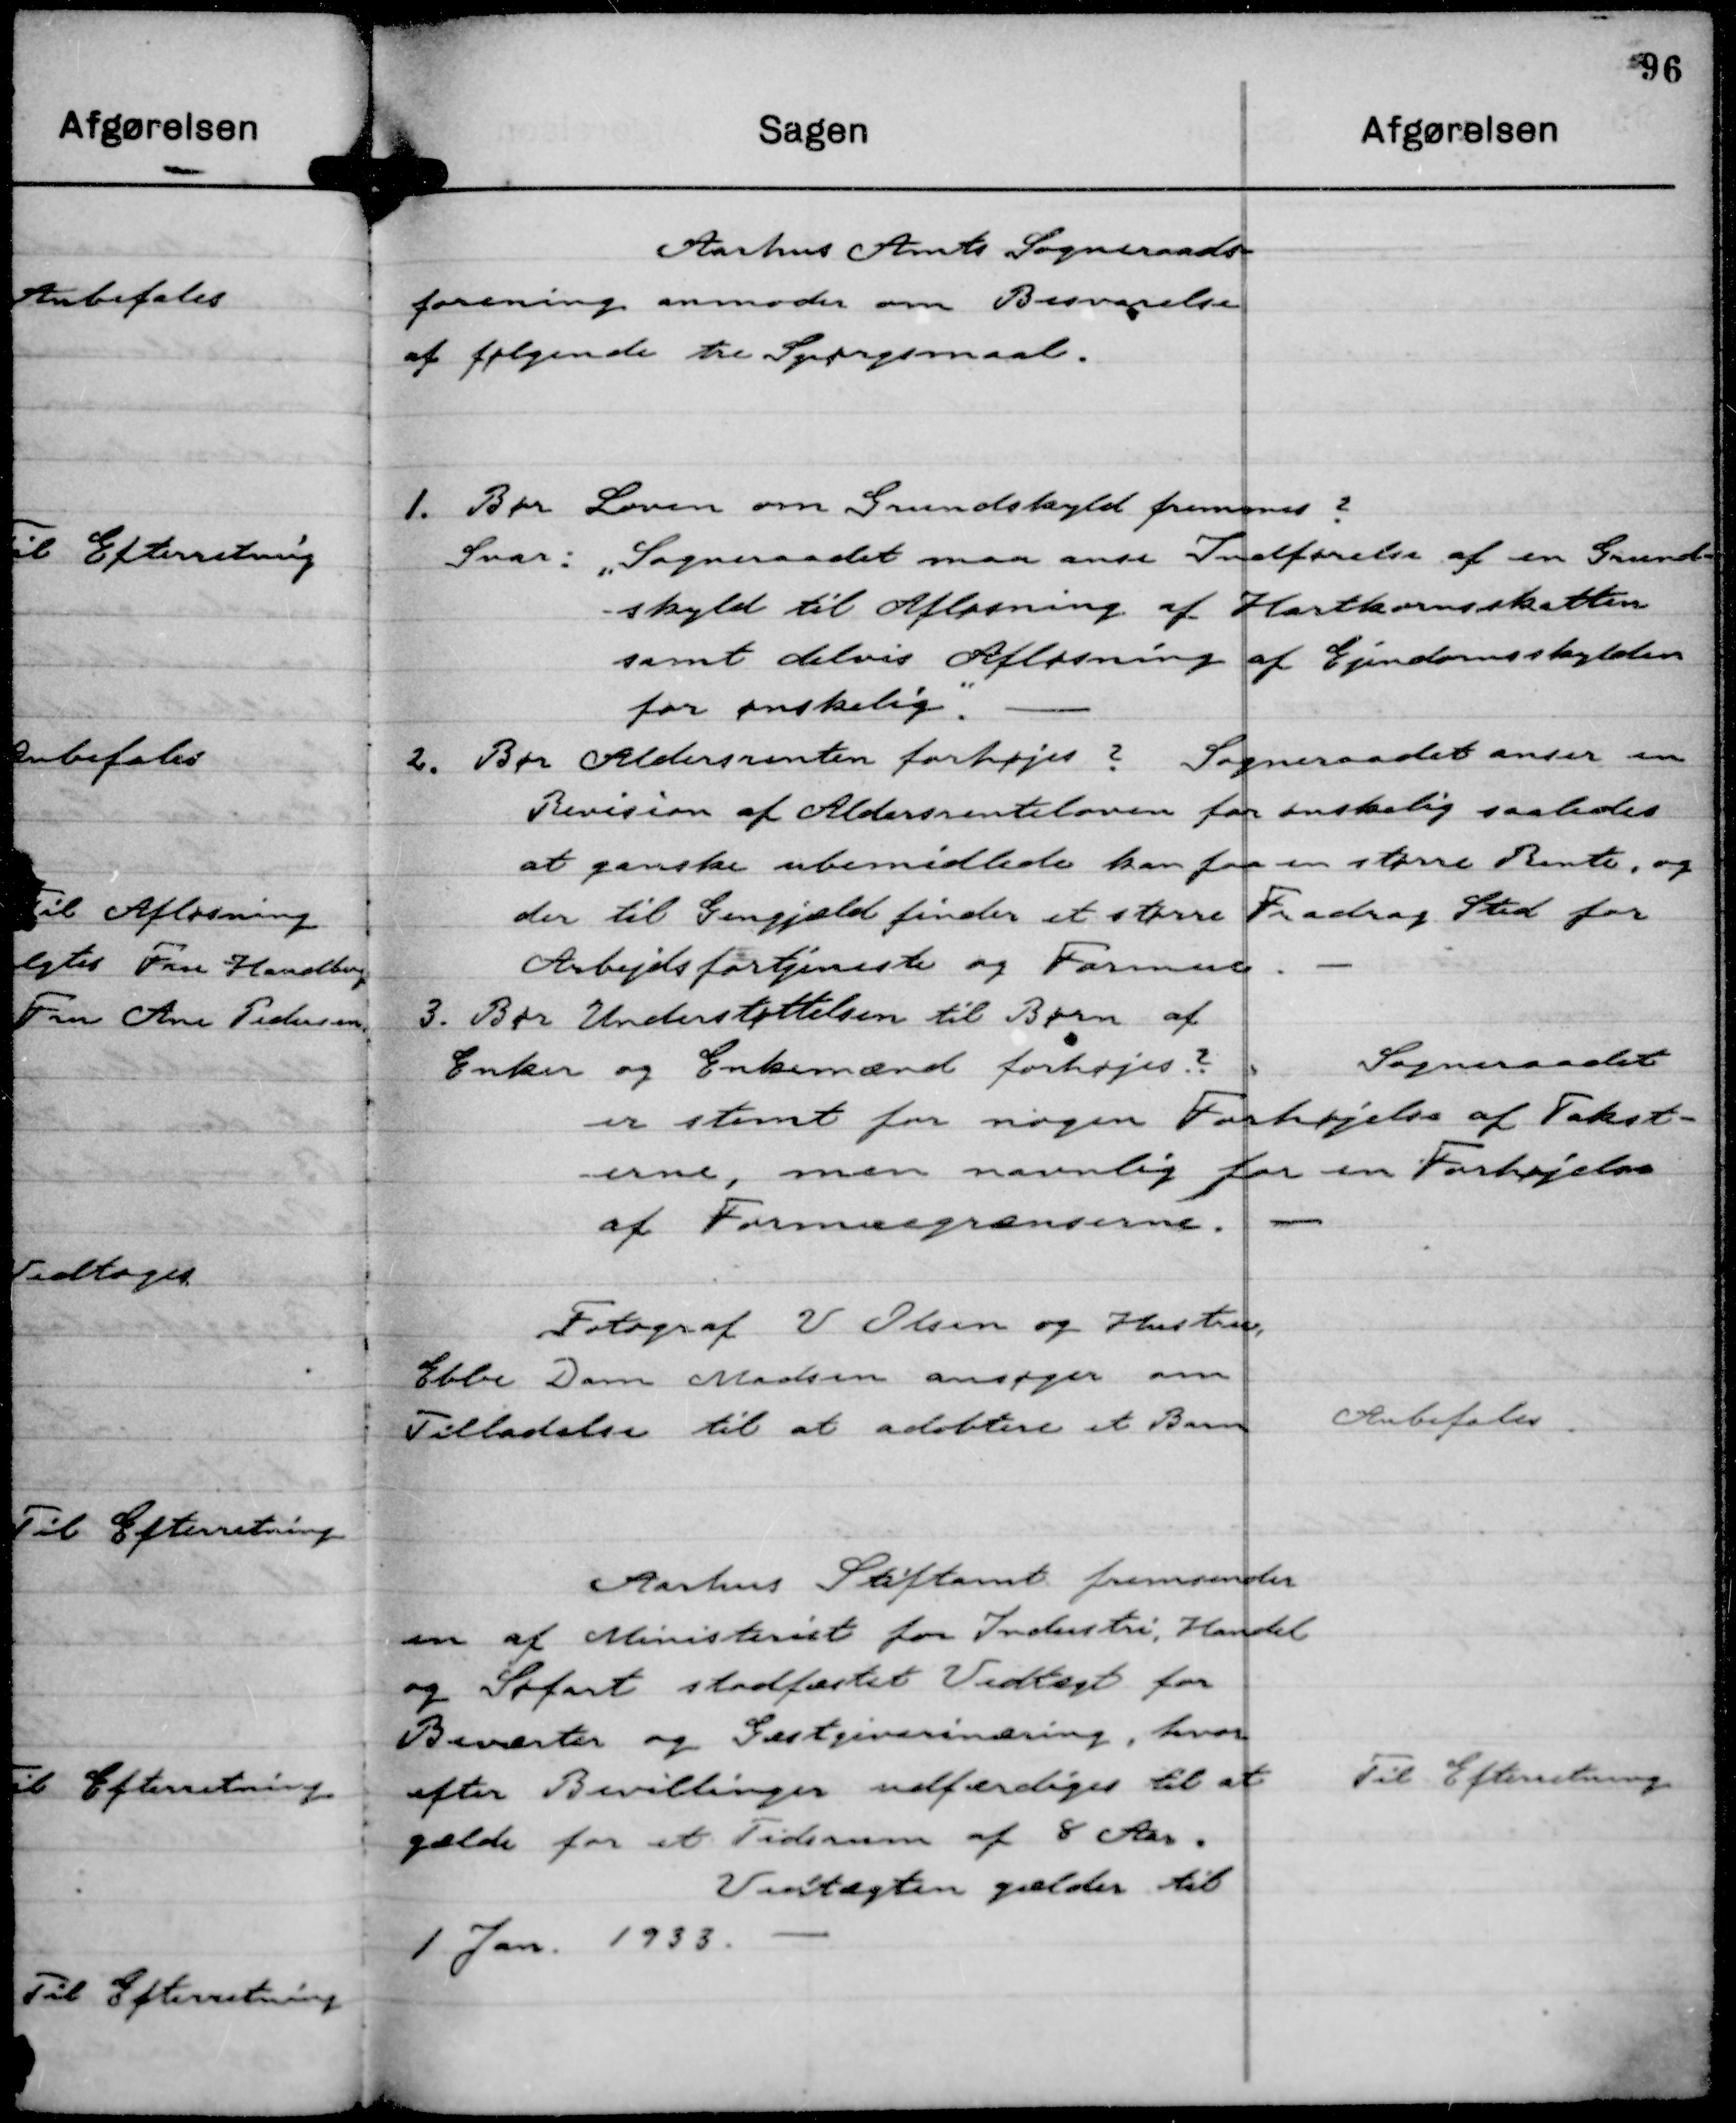
Transskription:
Aarhus Amts Sogneraads-
forening anmoder om Besvarelse
af følgende tre Spørgsmaal.

1. Bør Loven om Grundskyld fremmes ?
Svar: "Sogneraadet maa anse Indførelse af en Grund-
skyld til Afløsning af Hartkornsskatten
samt delvis Afløsning af Ejendomsskylden
for ønskelig."
2. Bør Aldersrenten forhøjes ?
Sogneraadet anser en
Revision af Aldersrenteloven for ønskelig saaledes
at ganske ubemidlede kan faa en større Rente, og
der til Gengjæld finder et større Fradrag Sted for
Arbejdsfortjeneste og Formue.
3. Bør Understøttelsen til Børn af
Enker og Enkemænd forhøjes.?
Sogneraadet
er stemt for nogen Forhøjelse af Takst-
erne, men navnlig for en Forhøjelse
af Formuegrænserne.

Fotograf V Olsen og Hustru,
Ebbe Dam Madsen ansøger om
Tilladelse til at adobtere et Barn

Anbefales.

Aarhus Stiftamt fremsender
en af Ministeriet for Industri, Handel
og Søfart stadfæstet Vedtægt for
Beværter og Gæstgiverinæring, hvor-
efter Bevillinger udfærdiges til at
gælde for et Tidsrum af 8 Aar.
Vedtægten gælder til
1 Jan. 1933.

Til Efterretning